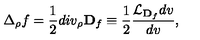
\Delta _ { \rho } f = \frac { 1 } { 2 } d i v _ { \rho } { \bf D } _ { f } \equiv \frac { 1 } { 2 } \frac { { \cal L } _ { { \bf D } _ { f } } d v } { d v } ,